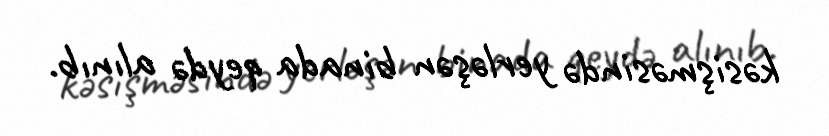
kəsişməsində yerləşən binada qeydə alınıb.